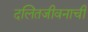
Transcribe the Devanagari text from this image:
दलितजीवनाची